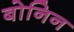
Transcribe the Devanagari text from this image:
बोनिन